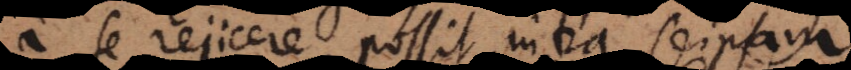
a se rejicere possit, intra seipsam